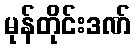
မုန်တိုင်းဒဏ်